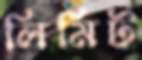
লিমিট